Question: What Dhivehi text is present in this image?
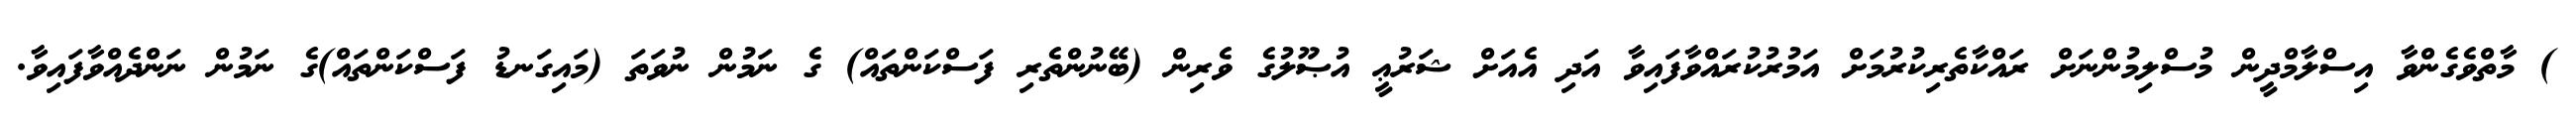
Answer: ) މާތްވެގެންވާ އިސްލާމްދީން މުސްލިމުންނަށް ރައްކާތެރިކުރުމަށް އަމުރުކުރައްވާފައިވާ އަދި އެއަށް ޝަރުޢީ އުޞޫލުގެ ވެރިން (ބޭނުންތެރި ފަސްކަންތައް) ގެ ނަމުން ނުވަތަ (މައިގަނޑު ފަސްކަންތައް)ގެ ނަމުން ނަންދެއްވާފައިވާ.